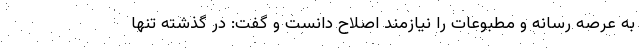
به عرصه رسانه و مطبوعات را نیازمند اصلاح دانست و گفت: در گذشته تنها